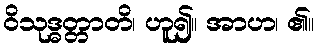
ဝိသုဒ္ဓတ္တာတိ၊ ဟူ၍။ အာဟ၊ ၏။